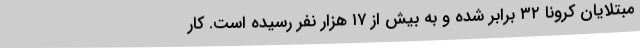
مبتلایان کرونا ۳۲ برابر شده و به بیش از ۱۷ هزار نفر رسیده است. کار